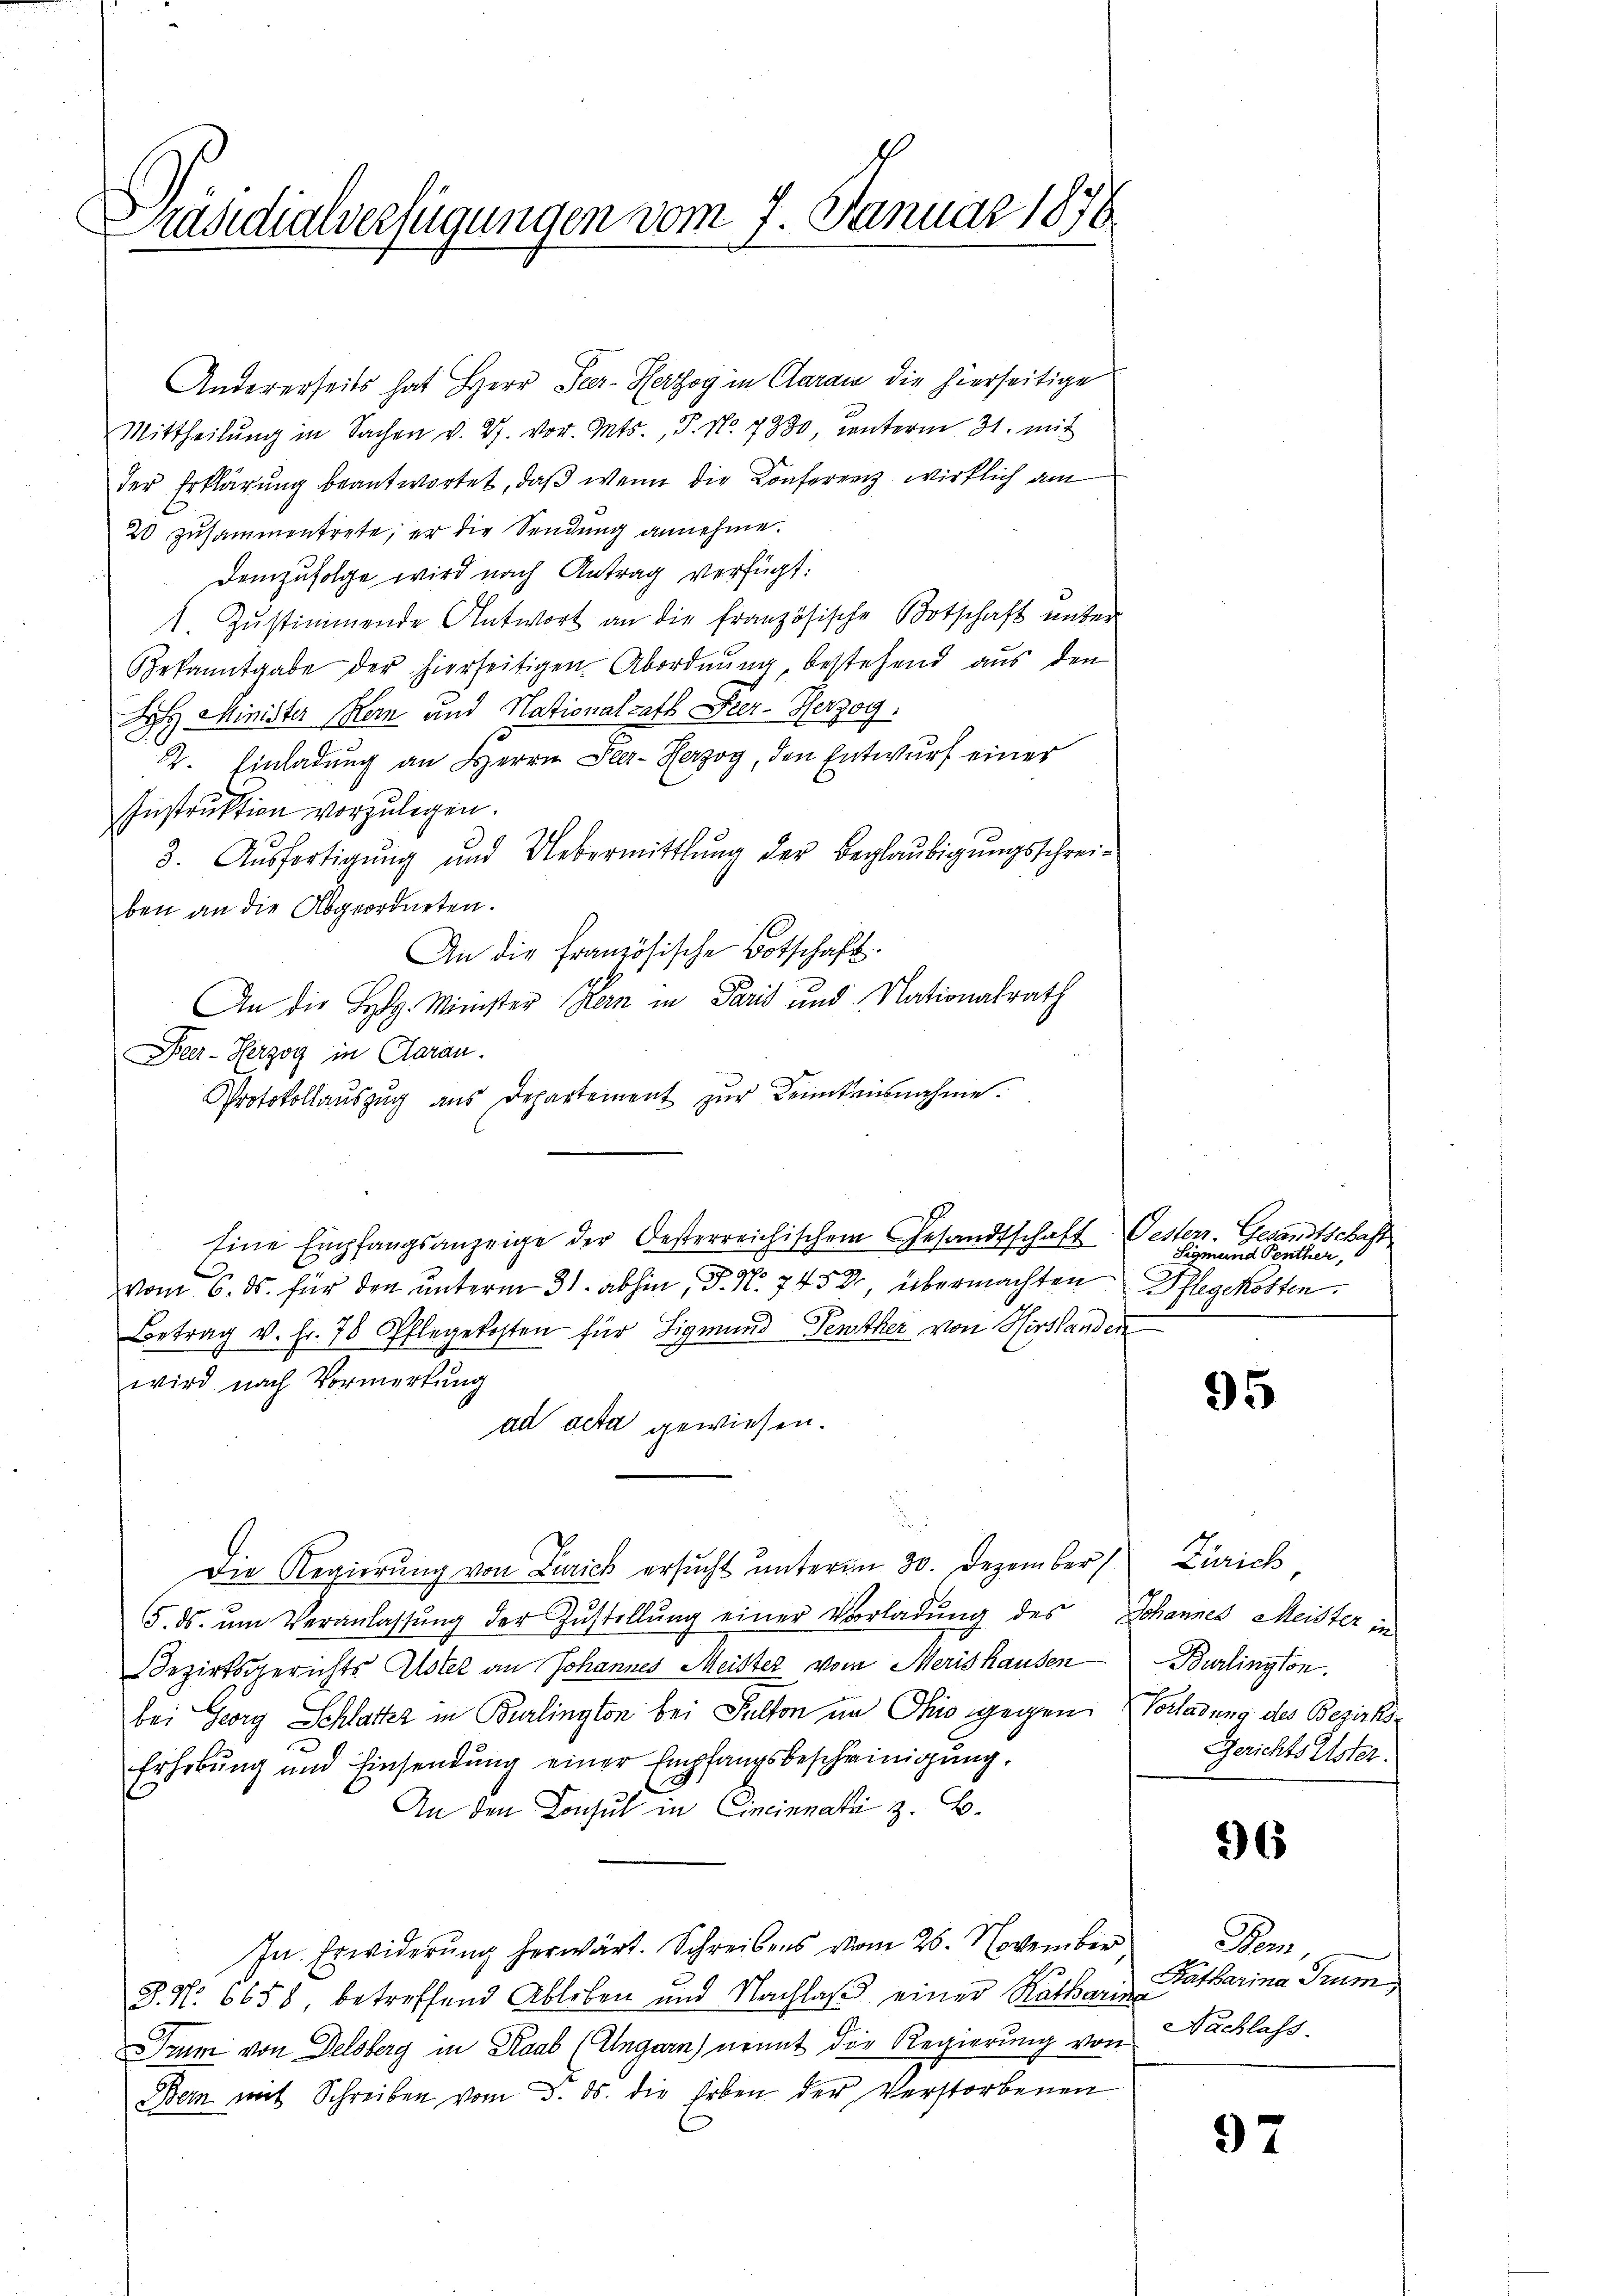
Präsidialverfügungen vom 7. Januar 1876

Andererseits hat Herr Seer-Herzog in Claran die hierseitige
Mittheilŭng in Sachen v. 27. vor. Mts., P. Nr. 7380, unterm 31. mit
der Erklärung beantwortet, daß wenn die Konferenz wirklich am
20 zusammentrete, er die Sendung annehme.
Demzufolge wird nach Antrag verfügt:
1. Zŭstimmende Antwort an die französische Botschaft unter
Bekanntgabe der hierseitigen Abordnung, bestehend aus den
J Minister Kern und Nationalrath Peer-Herzog.
2. Einladung an Herrn Ster-Herzog, den Entwurf einer
Instruktion vorzulegen.
3. Aŭsfertigŭng und Uebermittlung der Beglaŭbigŭngsschrei-
ben an die Abgeordneten.
An die Französische Botschaft.
An die H. Minister Hern in Paris und Nationalrath
Beer-Herzog in Claran.
Protokollauszug aus Departement zur Kenntnisnahme.
Eine Empfangsanzeige der Oesterreichischem Gesandtschaft Oesterr. Gesandtschaft
vom 6. ds. für den unterm 31. abhin, P. N. 7453, übermachten Pflegekosten.
Betrag v. fr. 78 Offlegekosten für Sigmund Fensther von Hirslanden
wird nach Vormerkung
ad acta gewiesen.
Die Regierung von Zürich ersucht unterm 30. Dezember Zürich,
5. ds. ŭm Veranlassŭng der Zŭstellŭng einer Vorladung des Johannes Meister in
Dezirksgerichts Alster an Johannes Meister vom Merishausen Burlington.
bei Georg Schlatter in Burlington bei Sulton im Ohio gegen Vorladung des Bezirks¬
Erhebung und Einsendung einer Empfangsbescheinigung,
.
An den Consul in Cincinnak z. B.
In Erwiderung herwärt. Schreibens vom 26. November Bern
Z. No 6658 betreffend Ableben und Nachlaß einer Ratharin
Trum von Delsberg in Raab (Ungarn) ermit der Regierung von
Bern mit Schreiben vom 3. ds. die Erben der Verstorbenen

Sigmund Penther

95

Gerichts Ester

96

Katharina Trum
Nachlass.

97